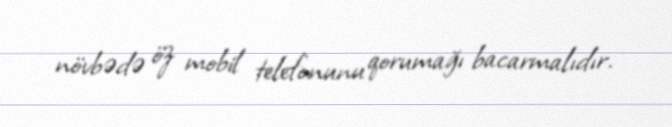
növbədə öz mobil telefonunu qorumağı bacarmalıdır.